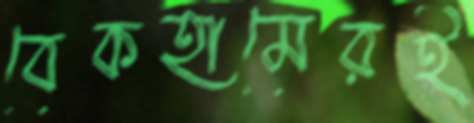
বেকহামেরই